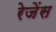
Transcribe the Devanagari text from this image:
रेजेंस